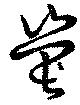
嵔